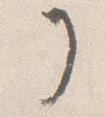
ノ